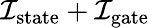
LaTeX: \mathcal{I}_{\mathrm{state}}+\mathcal{I}_{\mathrm{gate}}